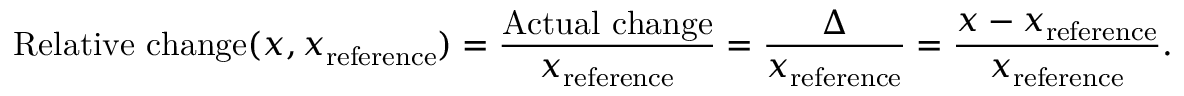
{ \mathrm { R e l a t i v e ~ c h a n g e } } ( x , x _ { \mathrm { r e f e r e n c e } } ) = { \frac { \mathrm { A c t u a l ~ c h a n g e } } { x _ { \mathrm { r e f e r e n c e } } } } = { \frac { \Delta } { x _ { \mathrm { r e f e r e n c e } } } } = { \frac { x - x _ { \mathrm { r e f e r e n c e } } } { x _ { \mathrm { r e f e r e n c e } } } } .